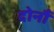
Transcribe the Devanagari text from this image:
दोनौं